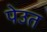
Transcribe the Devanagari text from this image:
पेउत